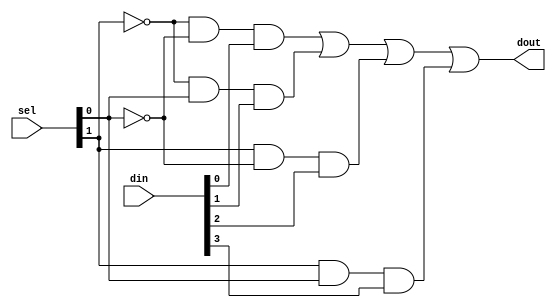
module mux4x1(output dout, input [3:0]din, input [1:0]sel);
  assign dout = (~sel[1] & ~sel[0] & din[0])| 
                (~sel[1] & sel[0] & din[1])| 
                ( sel[1] & ~sel[0] & din[2])| 
                ( sel[1] & sel[0] & din[3]) ;
endmodule